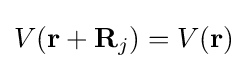
V(\mathbf {r} +\mathbf {R} _{j})=V(\mathbf {r} )